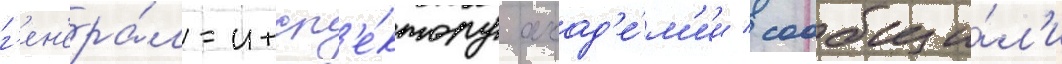
г'ен'ера́л-инсп'е́ктору акад'е́м'ии / сообщи́л'и